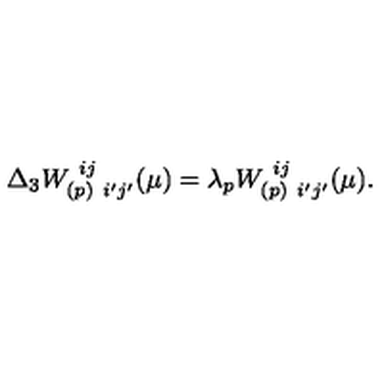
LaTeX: \Delta _ { 3 } W _ { ( p ) \ i ^ { \prime } j ^ { \prime } } ^ { \ i j } ( \mu ) = \lambda _ { p } W _ { ( p ) \ i ^ { \prime } j ^ { \prime } } ^ { \ i j } ( \mu ) .